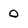
Character: 0